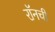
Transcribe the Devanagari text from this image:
रॉनची